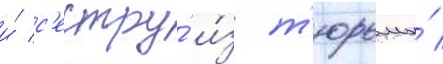
и́ с'естру́ и́з т'юрьмы́